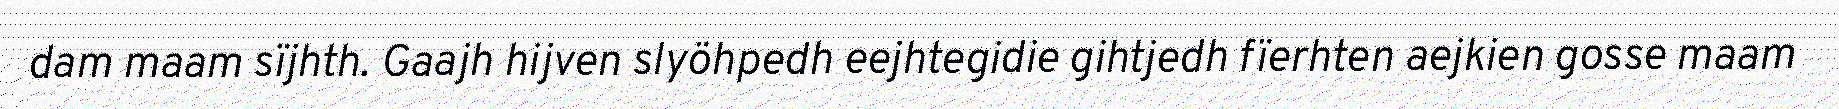
dam maam sïjhth. Gaajh hijven slyöhpedh eejhtegidie gihtjedh fïerhten aejkien gosse maam